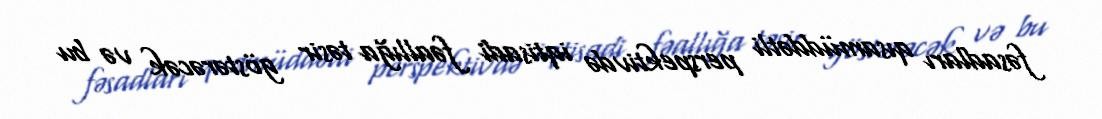
fəsadları qısamüddətli perspektivdə iqtisadi fəallığa təsir göstərəcək və bu